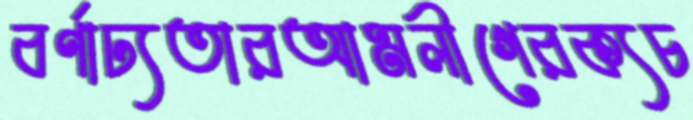
বর্ণাঢ্যতারআমলীগেরক্যচ